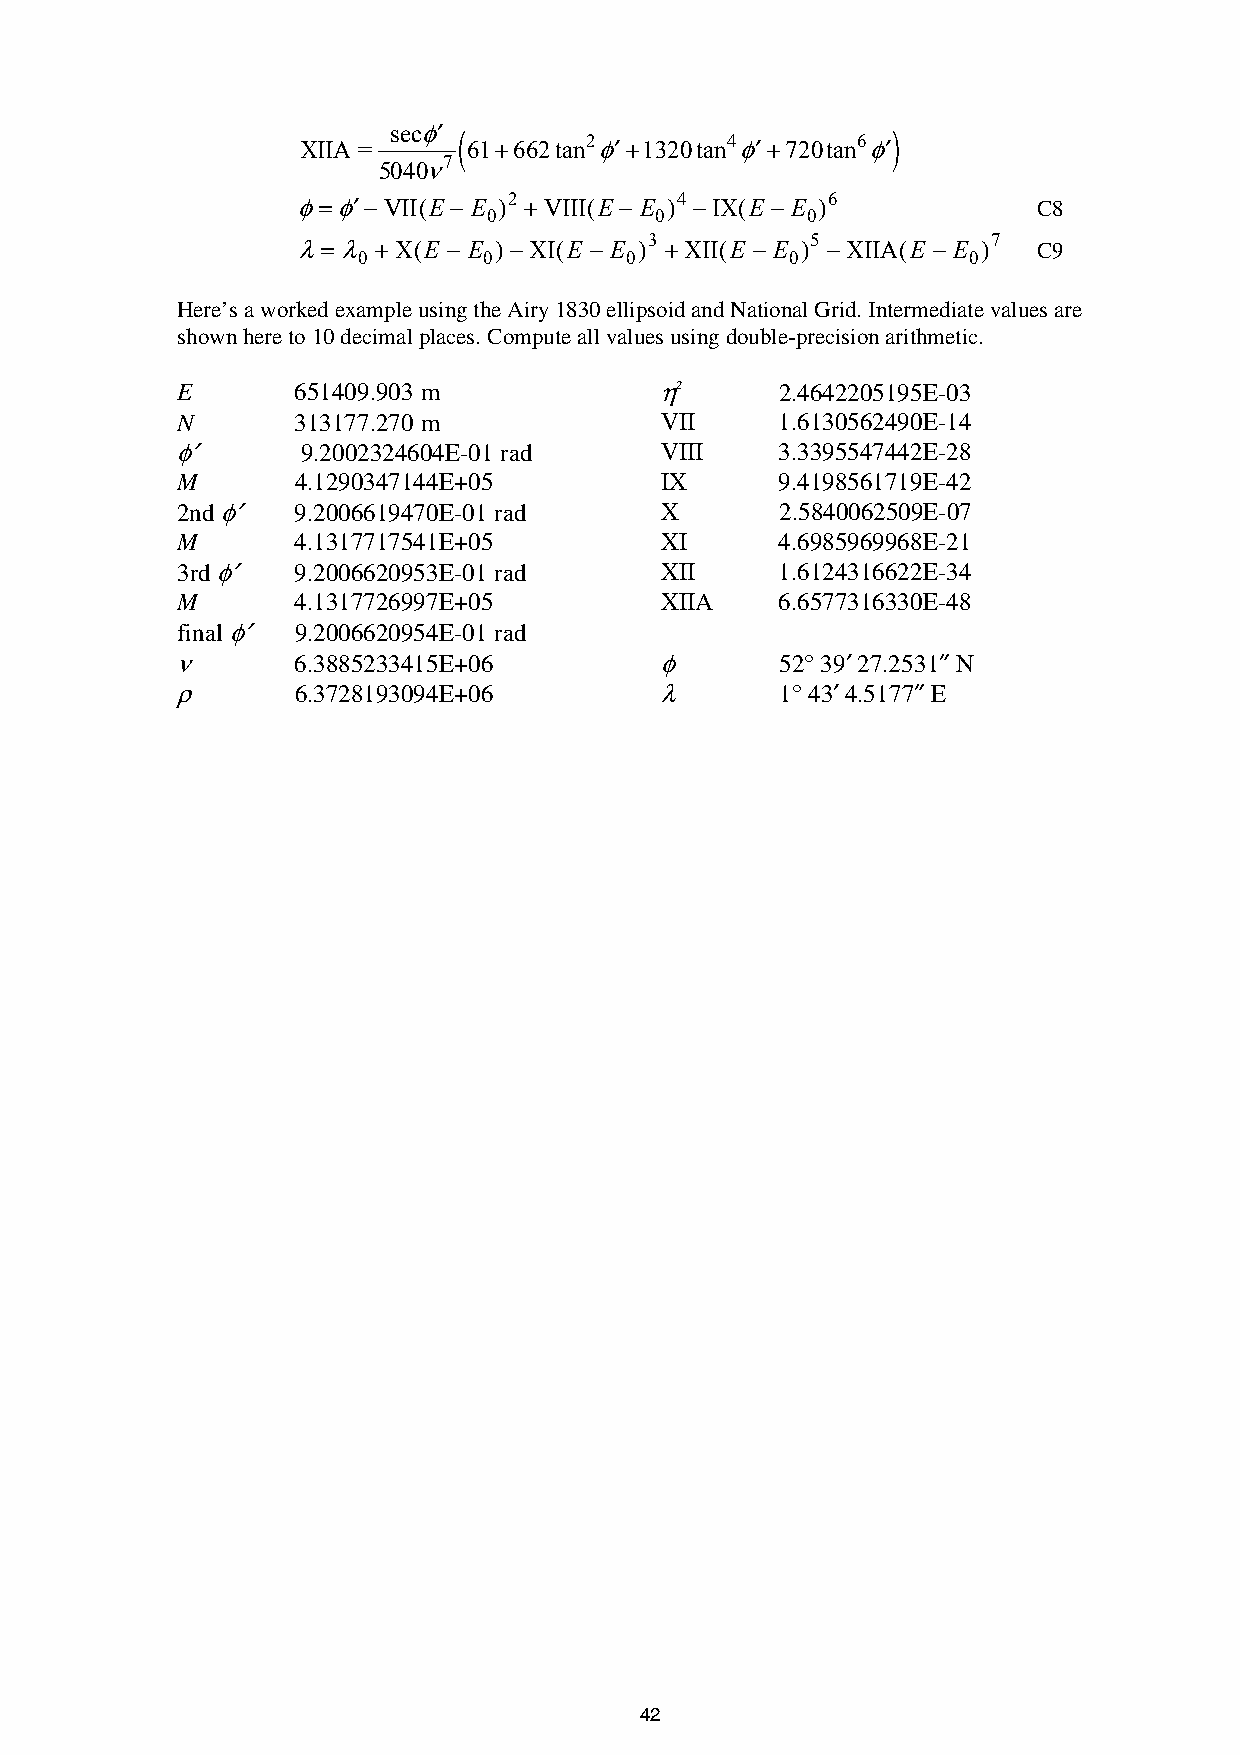
secφ′ (                          )
 XIIA =
 61+662tan2φ′+1320tan4φ′+720tan6φ′
 5040ν7
 φ=φ′−VII(E − E )2 +VIII(E − E )4 −IX(E − E )6    C8
 0          0         0
 λ= λ + X(E − E )−XI(E − E )3 +XII(E − E )5 −XIIA(E − E )7 C9
 0       0        0          0           0
 Here’s a worked example using the Airy 1830 ellipsoid and National Grid. Intermediate values are
 shown here to 10 decimal places. Compute all values using double-precision arithmetic.
 E       651409.903 m            η2      2.4642205195E-03
 N       313177.270 m            VII     1.6130562490E-14
 φ′      9.2002324604E-01 rad    VIII    3.3395547442E-28
 M       4.1290347144E+05        IX      9.4198561719E-42
 2nd φ′  9.2006619470E-01 rad    X       2.5840062509E-07
 M       4.1317717541E+05        XI      4.6985969968E-21
 3rd φ′  9.2006620953E-01 rad    XII     1.6124316622E-34
 M       4.1317726997E+05        XIIA    6.6577316330E-48
 final φ′ 9.2006620954E-01 rad
 ν       6.3885233415E+06        φ       52° 39′ 27.2531″ N
 ρ       6.3728193094E+06        λ       1° 43′ 4.5177″ E
 42